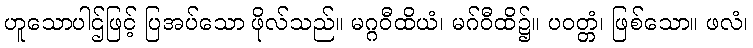
ဟူသောပါဌ်ဖြင့် ပြအပ်သော ဖိုလ်သည်။ မဂ္ဂဝီထိယံ၊ မဂ်ဝီထိ၌။ ပဝတ္တံ၊ ဖြစ်သော။ ဖလံ၊